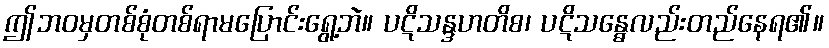
ဤဘဝမှတစ်စုံတစ်ရာမပြောင်းရွေ့ဘဲ။ ပဋိသန္ဒဟတိစ၊ ပဋိသန္ဓေလည်းတည်နေရ၏။